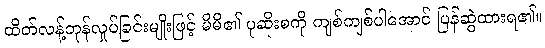
ထိတ်လန့်တုန်လှုပ်ခြင်းမျိုးဖြင့် မိမိ၏ ပုဆိုးစကို ကျစ်ကျစ်ပါအောင် ပြန်ဆွဲထားရ၏။